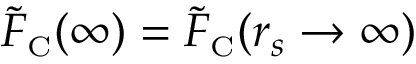
\tilde { F } _ { \scriptscriptstyle \mathrm { C } } ( \infty ) = \tilde { F } _ { \scriptscriptstyle \mathrm { C } } ( r _ { s } \to \infty )